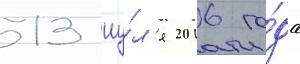
13 иу́л'я 2016 го́да